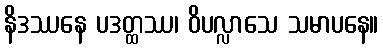
နိဒဿနေ ပဒတ္ထဿ၊ ဝိပလ္လာသေ သမာပနေ။